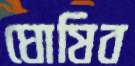
ঘোষিব